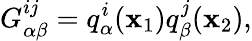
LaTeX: G_{\alpha\beta}^{ij}=q_{\alpha}^{i}(\mathbf{x}_{1})q_{\beta}^{j}(\mathbf{x}_{2}),